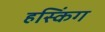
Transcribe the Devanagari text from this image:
हस्किंग